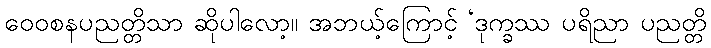
ဝေဝစနပညတ္တိသာ ဆိုပါလော့။ အဘယ့်ကြောင့် ‘ဒုက္ခဿ ပရိညာ ပညတ္တိ